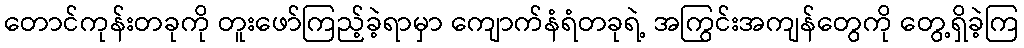
တောင်ကုန်းတခုကို တူးဖော်ကြည့်ခဲ့ရာမှာ ကျောက်နံရံတခုရဲ့ အကြွင်းအကျန်တွေကို တွေ့ရှိခဲ့ကြ